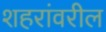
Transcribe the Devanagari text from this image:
शहरांवरील